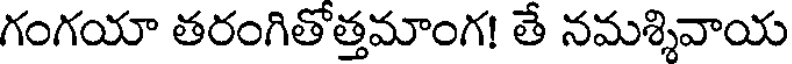
గంగయా తరంగితోత్తమాంగ! తే నమశ్శివాయ